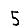
Digit: 5